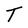
Character: T